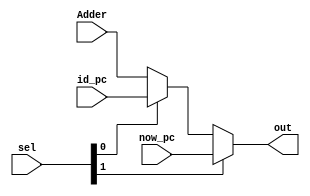
module IF_PC_MUX
(
    Adder, 
    id_pc,
    now_pc,
    sel,
    out
);
    input [31:0]Adder; 
    input [31:0]id_pc;
    input [31:0]now_pc;
    input [1:0]sel;
    output reg [31:0]out;
    /* 00 Adder
     * 01 id_pc
     * 1x now_pc
     */
    always @(*) begin
        if(sel[1]) begin
            out = now_pc;
        end 
        else begin
            if(sel[0]) begin
                out = id_pc;
            end 
            else begin
                out = Adder;
            end
        end
    end
endmodule

module ID_WB_RF_WAddr_MUX
(
    rt,
    rd,
    reg31,
    id_rf_waddr_sel,
    out
);
    input [4:0]rt;
    input [4:0]rd;
    input [4:0]reg31;
    input [1:0]id_rf_waddr_sel;
    output reg [4:0]out;
    /* 00 rt
     * 01 rd
     * 1x reg31
     */
    always @(*) begin
        if(id_rf_waddr_sel[1]) begin
            out = reg31;
        end 
        else begin
            if(id_rf_waddr_sel[0]) begin
                out = rd;
            end 
            else begin
                out = rt;
            end
        end
    end
endmodule

module ID_PC_MUX
(
    Jointer, 
    rs_value,
    Adder,
    sel,
    out
);
    input [31:0]Jointer;
    input [31:0]rs_value;
    input [31:0]Adder;
    input [1:0]sel;
    output reg [31:0]out;

    /* 00 Jointer
     * 01 rs_value
     * 1x Adder
     */
    always @(*) begin
        if(sel[1]) begin
            //1x
            out = Adder;
        end 
        else begin
            if(sel[0]) begin
                //01
                out = rs_value;
            end 
            else begin
                //00
                out = Jointer;
            end
        end
    end
endmodule

module EXE_AMUX
(
    rs_value,
    ze5,
    sel,
    A
);
    input [31:0]rs_value;
    input [31:0]ze5;
    input sel;
    output [31:0]A;

    /* 0 rs_value
     * 1 ze5
     */
    assign A = sel? ze5: rs_value;
endmodule

module EXE_BMUX
(
    se16,
    ze16,
    rt_value,
    sel,
    B
);
    input [31:0]se16;
    input [31:0]ze16;
    input [31:0]rt_value;
    input [1:0]sel;
    output reg [31:0]B;

    /* 00 se16
     * 01 ze16
     * 1x rt_value
     */
    always @(*) begin
        if(sel[1]) begin
            //1x
            B = rt_value;
        end 
        else begin
            if(sel[0]) begin
                //01
                B = ze16;
            end 
            else begin
                //00
                B = se16;
            end
        end 
    end
endmodule

module WB_DataMUX
(
    Z,
    Saver,
    NPC,
    MDU_out,
    sel,
    out
);
    input [31:0]Z;
    input [31:0]Saver;
    input [31:0]NPC;
    input [31:0]MDU_out;
    input [1:0]sel;
    output reg [31:0]out;

    /* 00 Z
     * 01 Saver
     * 10 NPC
     * 11 MDU_out
     */
    always @(*) begin
        if(sel[1]) begin
            if(sel[0]) begin
                out = MDU_out;
            end 
            else begin
                out = NPC;
            end
        end 
        else begin
            if(sel[0]) begin
                out = Saver;
            end 
            else begin
                out = Z;
            end
        end
    end
endmodule